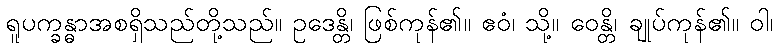
ရူပက္ခန္ဓာအစရှိသည်တို့သည်။ ဥဒေန္တိ၊ ဖြစ်ကုန်၏။ ဧဝံ၊ သို့။ ဝေန္တိ၊ ချုပ်ကုန်၏။ ဝါ၊